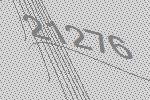
21276